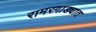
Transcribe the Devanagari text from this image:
रामरगाड्यात